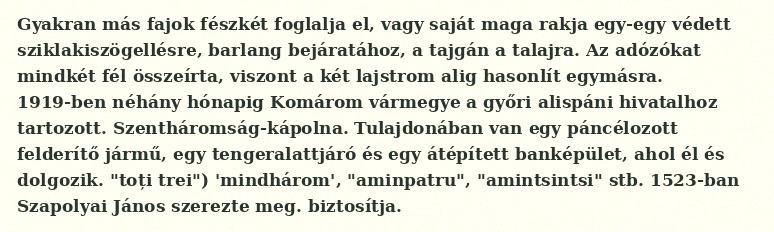
Gyakran más fajok fészkét foglalja el, vagy saját maga rakja egy-egy védett sziklakiszögellésre, barlang bejáratához, a tajgán a talajra. Az adózókat mindkét fél összeírta, viszont a két lajstrom alig hasonlít egymásra. 1919-ben néhány hónapig Komárom vármegye a győri alispáni hivatalhoz tartozott. Szentháromság-kápolna. Tulajdonában van egy páncélozott felderítő jármű, egy tengeralattjáró és egy átépített banképület, ahol él és dolgozik. "toți trei") 'mindhárom', "aminpatru", "amintsintsi" stb. 1523-ban Szapolyai János szerezte meg. biztosítja.